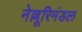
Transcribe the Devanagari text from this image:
नेल्लूरिमंडल